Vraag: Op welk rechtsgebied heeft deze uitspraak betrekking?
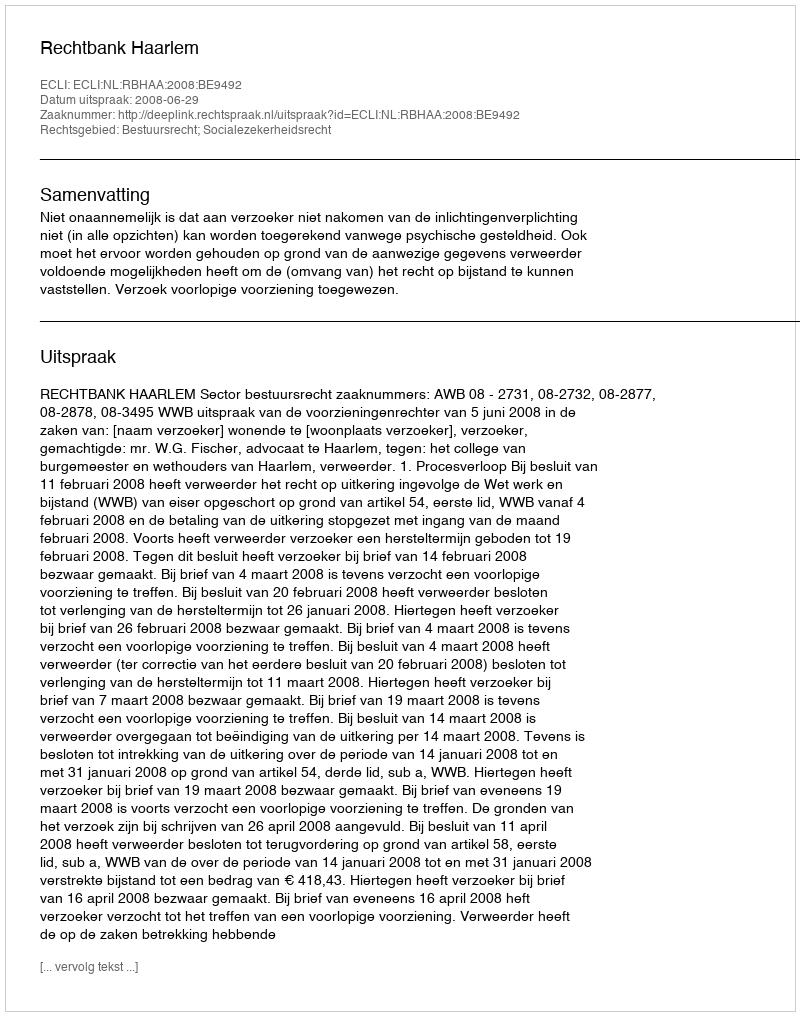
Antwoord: Bestuursrecht; Socialezekerheidsrecht